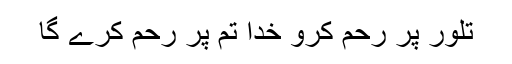
تلور پر رحم کرو خدا تم پر رحم کرے گا